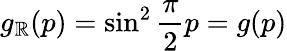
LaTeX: g_{\mathbb{R}}(p)=\sin^{2}\frac{\pi}{2}p=g(p)